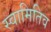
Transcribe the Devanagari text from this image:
स्वामितिव